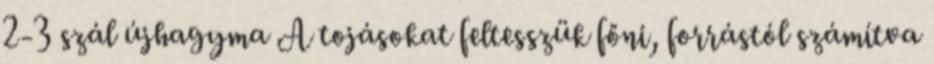
2-3 szál újhagyma A tojásokat feltesszük főni, forrástól számítva